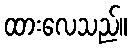
ထားလေသည်။